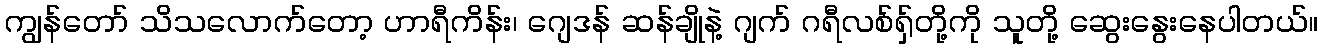
ကျွန်တော် သိသလောက်တော့ ဟာရီကိန်း၊ ဂျေဒန် ဆန်ချိုနဲ့ ဂျက် ဂရီလစ်ရှ်တို့ကို သူတို့ ဆွေးနွေးနေပါတယ်။